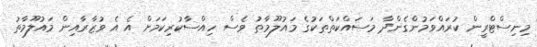
މިނިސްޓްރީން ކުރައްވަމުންގެންދާ މަސައްކަތްތަކުގެ މައުލޫމާތު ވެސް ހިއްސާކުރިކަމަށް އެ އެ ވުޒާރާއިން މައުލޫމާތު